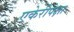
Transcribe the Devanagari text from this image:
एकेरीपेक्षा